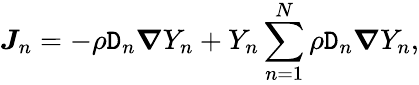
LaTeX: \boldsymbol{J}_{n}=-\rho\mathtt{D}_{n}\boldsymbol{\nabla}Y_{n}+Y_{n}\sum_{n=1}^{N}\rho\mathtt{D}_{n}\boldsymbol{\nabla}Y_{n},